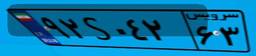
۹۲S۰۴۲۶۳